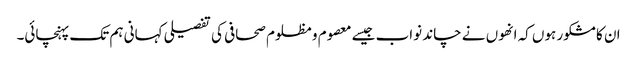
ان کا مشکور ہوں کہ انھوں نے چاند نواب جیسے معصوم و مظلوم صحافی کی تفصیلی کہانی ہم تک پہنچائی۔